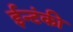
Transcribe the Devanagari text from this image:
ईन्टंकी